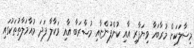
މިސާލަކަށް މުރާބަހާ ވިޔަފާރި އާއި ކުންފުންޏާއި މުޟާރަބާ އާއި ވަކާލާ ފަދަ މުއާމަލާތުތަކުގައި